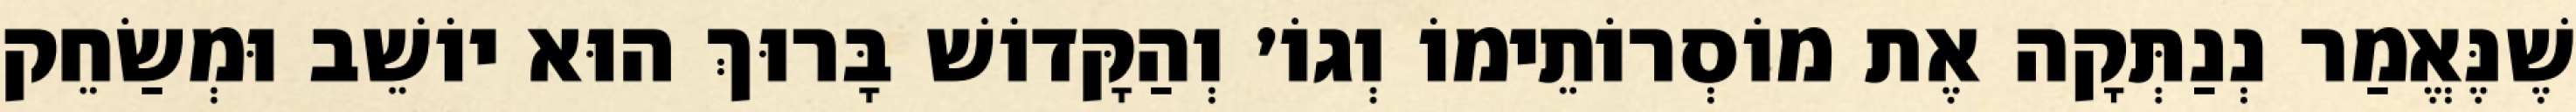
שֶׁנֶּאֱמַר נְנַתְּקָה אֶת מוֹסְרוֹתֵימוֹ וְגוֹ׳ וְהַקָּדוֹשׁ בָּרוּךְ הוּא יוֹשֵׁב וּמְשַׂחֵק